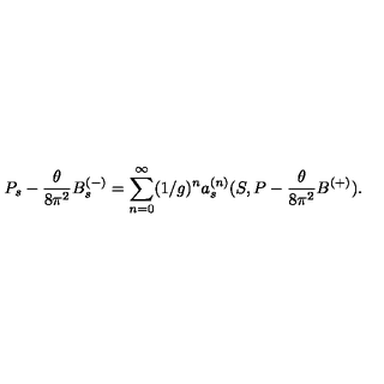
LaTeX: P _ { s } - \frac { \theta } { 8 \pi ^ { 2 } } B _ { s } ^ { ( - ) } = \sum _ { n = 0 } ^ { \infty } ( 1 / g ) ^ { n } a _ { s } ^ { ( n ) } ( S , P - \frac { \theta } { 8 \pi ^ { 2 } } B ^ { ( + ) } ) .